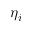
\eta _ { i }